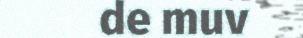
de muv